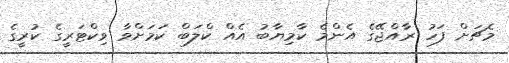
މެޗަށް ފަހު ރާއްޖޭގެ އެންމެ ކާމިޔާބު އެއް ކްލަބް ކަމަށްވާ ވިކްޓަރީގެ ކުރީގެ